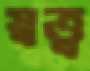
স্বত্ত্ব